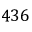
4 3 6